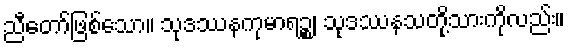
ညီတော်ဖြစ်သော။ သုဒဿနကုမာရဉ္စ၊ သုဒဿနသတို့သားကိုလည်း။